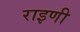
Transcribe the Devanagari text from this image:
राइणी